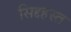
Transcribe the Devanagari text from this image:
सिद्दहस्त